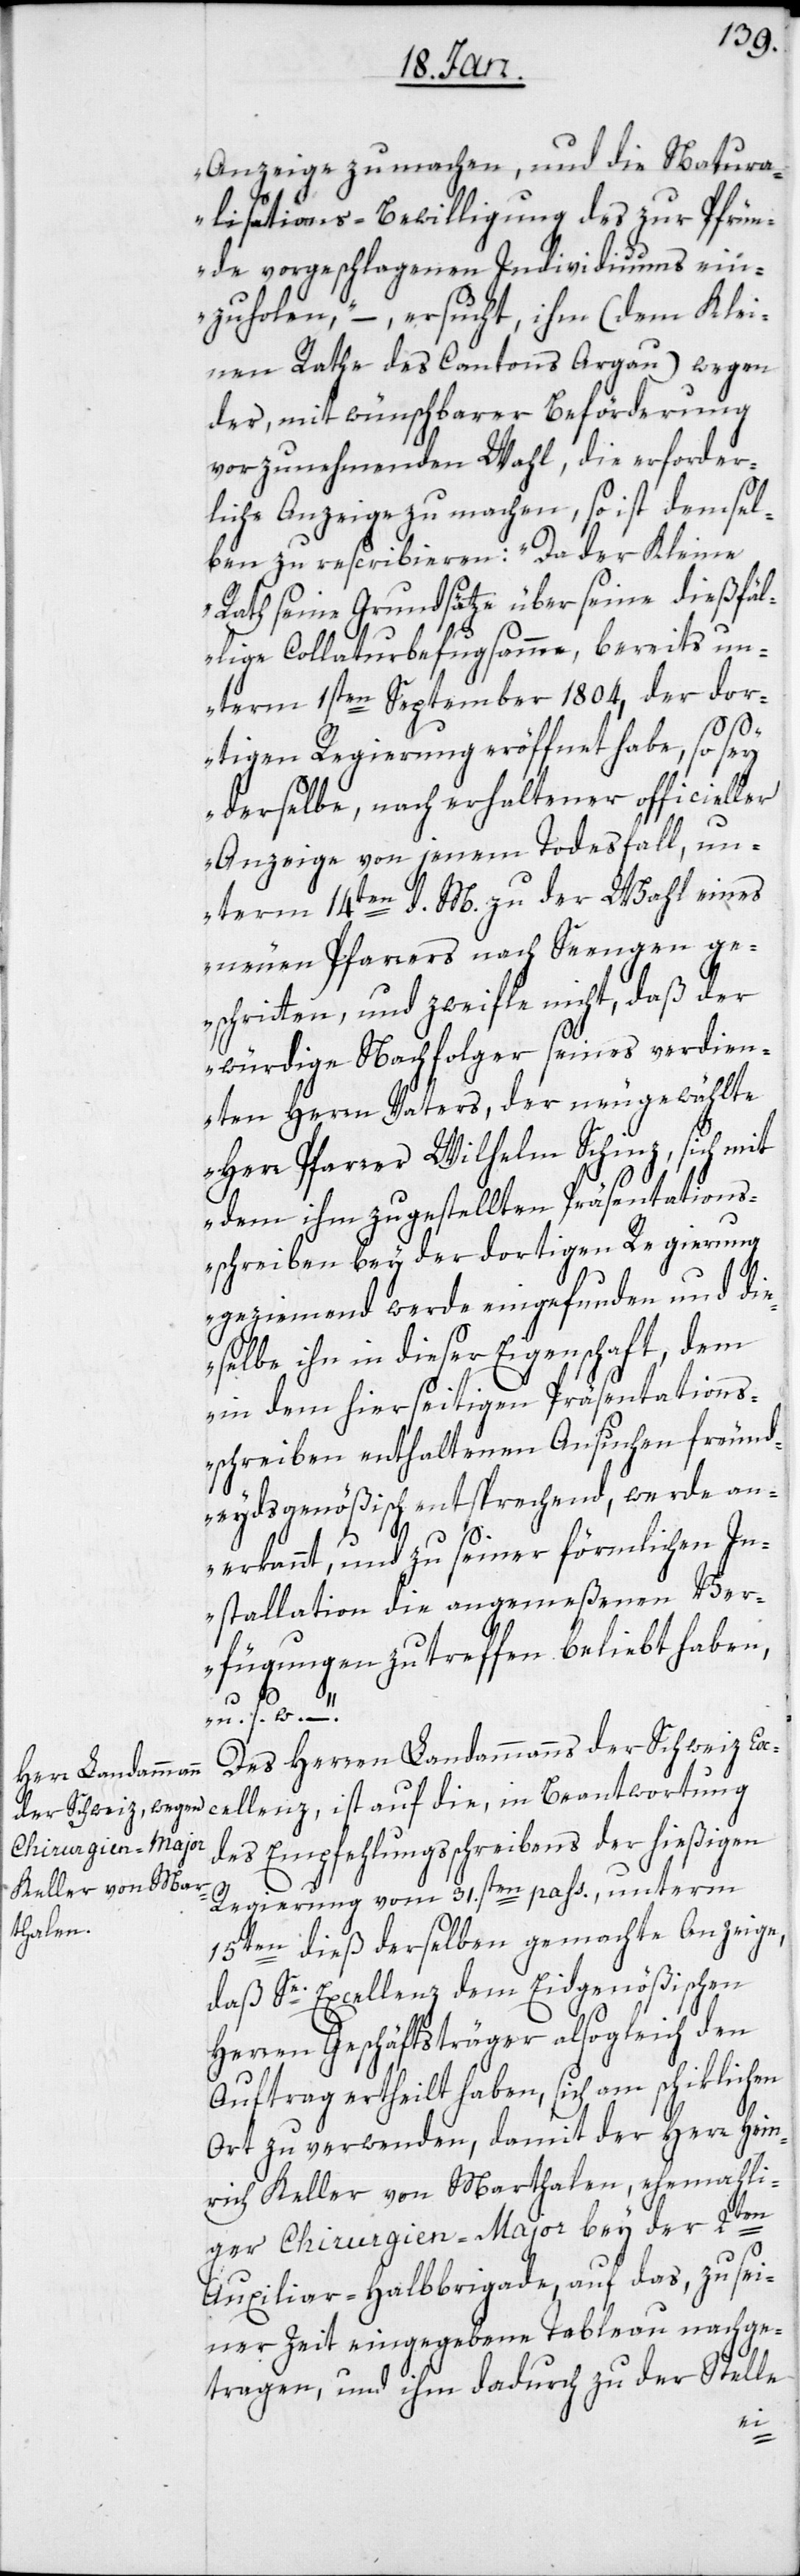
Anzeige zu machen, und die Natura¬
lisations-Bewilligung des zur Pfrün¬
de vorgeschlagenen Individuums ein¬
zuholen“, – ersucht, ihm (dem Klei¬
nen Rathe des Cantons Argau) wegen
der, mit wünschbarer Beförderung
vorzunehmenden Wahl, die erforder¬
liche Anzeige zu machen, so ist demsel¬
ben zu rescribieren: „Da der Kleine
Rath seine Grundsätze über seine dießfäl¬
lige Collaturbefugsamme, bereits u¬
nterm 1sten September 1804, der dor¬
tigen Regierung eröffnet habe, so sey
derselbe, nach erhaltener officieller
Anzeige von jenem Todesfall, un¬
term 14ten d. M. zu der Wahl eines
neuen Pfarrers nach Seengen ge¬
schritten, und zweifle nicht, daß der
würdige Nachfolger seines verdien¬
ten Herrn Vaters, der neugewählte
Herr Pfarrer Wilhelm Schinz, sich mit
dem ihm zugestellten Präsentations¬
schreiben bey der dortigen Regierung
geziemend werde eingefunden und die¬
selbe ihn in dieser Eigenschaft, dem
in dem hierseitigen Präsentations¬
schreiben enthaltenen Ansuchen freund¬
eydsgenößisch entsprechend, werde an¬
erkannt, und zu seiner förmlichen In¬
stallation die angemeßenen Ver¬
fügungen zu treffen beliebt haben,
u. s. w.“.
Des Herren Landammanns der Schweiz Ex¬
cellenz, ist auf die, in Beantwortung
des Empfehlungsschreibens der hießigen
Regierung vom 31.sten pass., unterm
15ten dieß derselben gemachte Anzeige,
daß Se. Excellenz dem Eidgenößischen
Herren Geschäftsträger alsogleich den
Auftrag ertheilt haben, sich am schiklichen
Ort zu verwenden, damit der Herr Hein¬
rich Keller von Marthalen, ehemahli¬
ger Chirurgien-Major bey der 2ten
Auxiliair-Halbbrigade, auf das, zu sei¬
ner Zeit eingegebene Tableau nachge¬
tragen, und ihm dadurch zu der Stelle